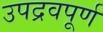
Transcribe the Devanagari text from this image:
उपद्रवपूर्ण